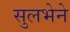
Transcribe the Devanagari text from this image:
सुलभेने